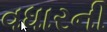
વધારની